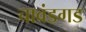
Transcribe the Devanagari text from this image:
चावंडगड